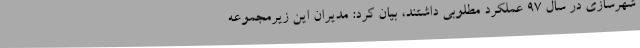
شهرسازی در سال 97 عملکرد مطلوبی داشتند، بیان کرد: مدیران این زیرمجموعه